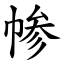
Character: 㡎